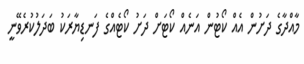
މާއްދާގެ ދަށުން އެއް ކޯޓުން އަނެއް ކޯޓަށް ދަށު ކޯޓެއްގެ ފަނޑިޔާރަކު ބަދަލުކުރެވޭނީ